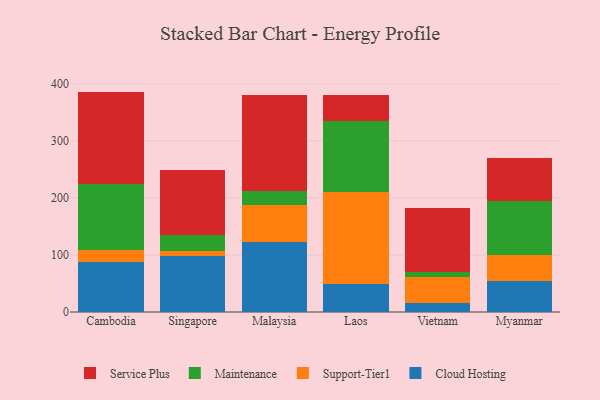
{"axis": {"x": "Country", "y": "Production Output"}, "legend": ["Cloud Hosting", "Maintenance", "Service Plus", "Support-Tier1"], "data": [{"x": "Cambodia", "y": 87.3, "type": "Cloud Hosting"}, {"x": "Cambodia", "y": 21.9, "type": "Support-Tier1"}, {"x": "Cambodia", "y": 116.0, "type": "Maintenance"}, {"x": "Cambodia", "y": 161.2, "type": "Service Plus"}, {"x": "Singapore", "y": 98.5, "type": "Cloud Hosting"}, {"x": "Singapore", "y": 8.9, "type": "Support-Tier1"}, {"x": "Singapore", "y": 28.3, "type": "Maintenance"}, {"x": "Singapore", "y": 112.5, "type": "Service Plus"}, {"x": "Malaysia", "y": 122.4, "type": "Cloud Hosting"}, {"x": "Malaysia", "y": 64.9, "type": "Support-Tier1"}, {"x": "Malaysia", "y": 24.4, "type": "Maintenance"}, {"x": "Malaysia", "y": 169.4, "type": "Service Plus"}, {"x": "Laos", "y": 48.5, "type": "Cloud Hosting"}, {"x": "Laos", "y": 162.5, "type": "Support-Tier1"}, {"x": "Laos", "y": 123.1, "type": "Maintenance"}, {"x": "Laos", "y": 46.1, "type": "Service Plus"}, {"x": "Vietnam", "y": 15.5, "type": "Cloud Hosting"}, {"x": "Vietnam", "y": 46.5, "type": "Support-Tier1"}, {"x": "Vietnam", "y": 7.6, "type": "Maintenance"}, {"x": "Vietnam", "y": 112.7, "type": "Service Plus"}, {"x": "Myanmar", "y": 53.9, "type": "Cloud Hosting"}, {"x": "Myanmar", "y": 45.8, "type": "Support-Tier1"}, {"x": "Myanmar", "y": 95.0, "type": "Maintenance"}, {"x": "Myanmar", "y": 75.4, "type": "Service Plus"}]}